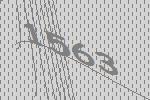
1563